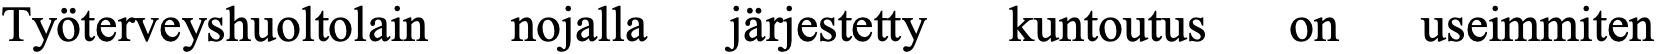
Työterveyshuoltolain nojalla järjestetty kuntoutus on useimmiten